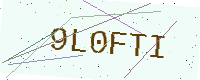
Text: 9L0FTI